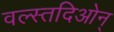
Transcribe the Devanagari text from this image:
वल्स्तदिओन्